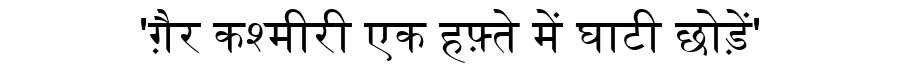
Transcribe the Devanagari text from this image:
'ग़ैर कश्मीरी एक हफ़्ते में घाटी छोड़ें'